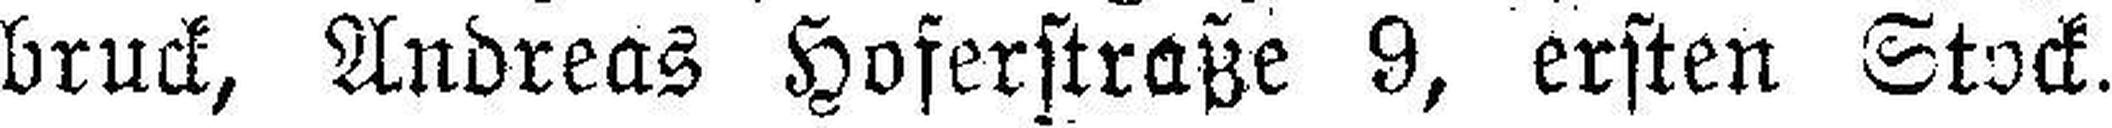
bruck, Andreas Hoferstraße 9, ersten Stock.